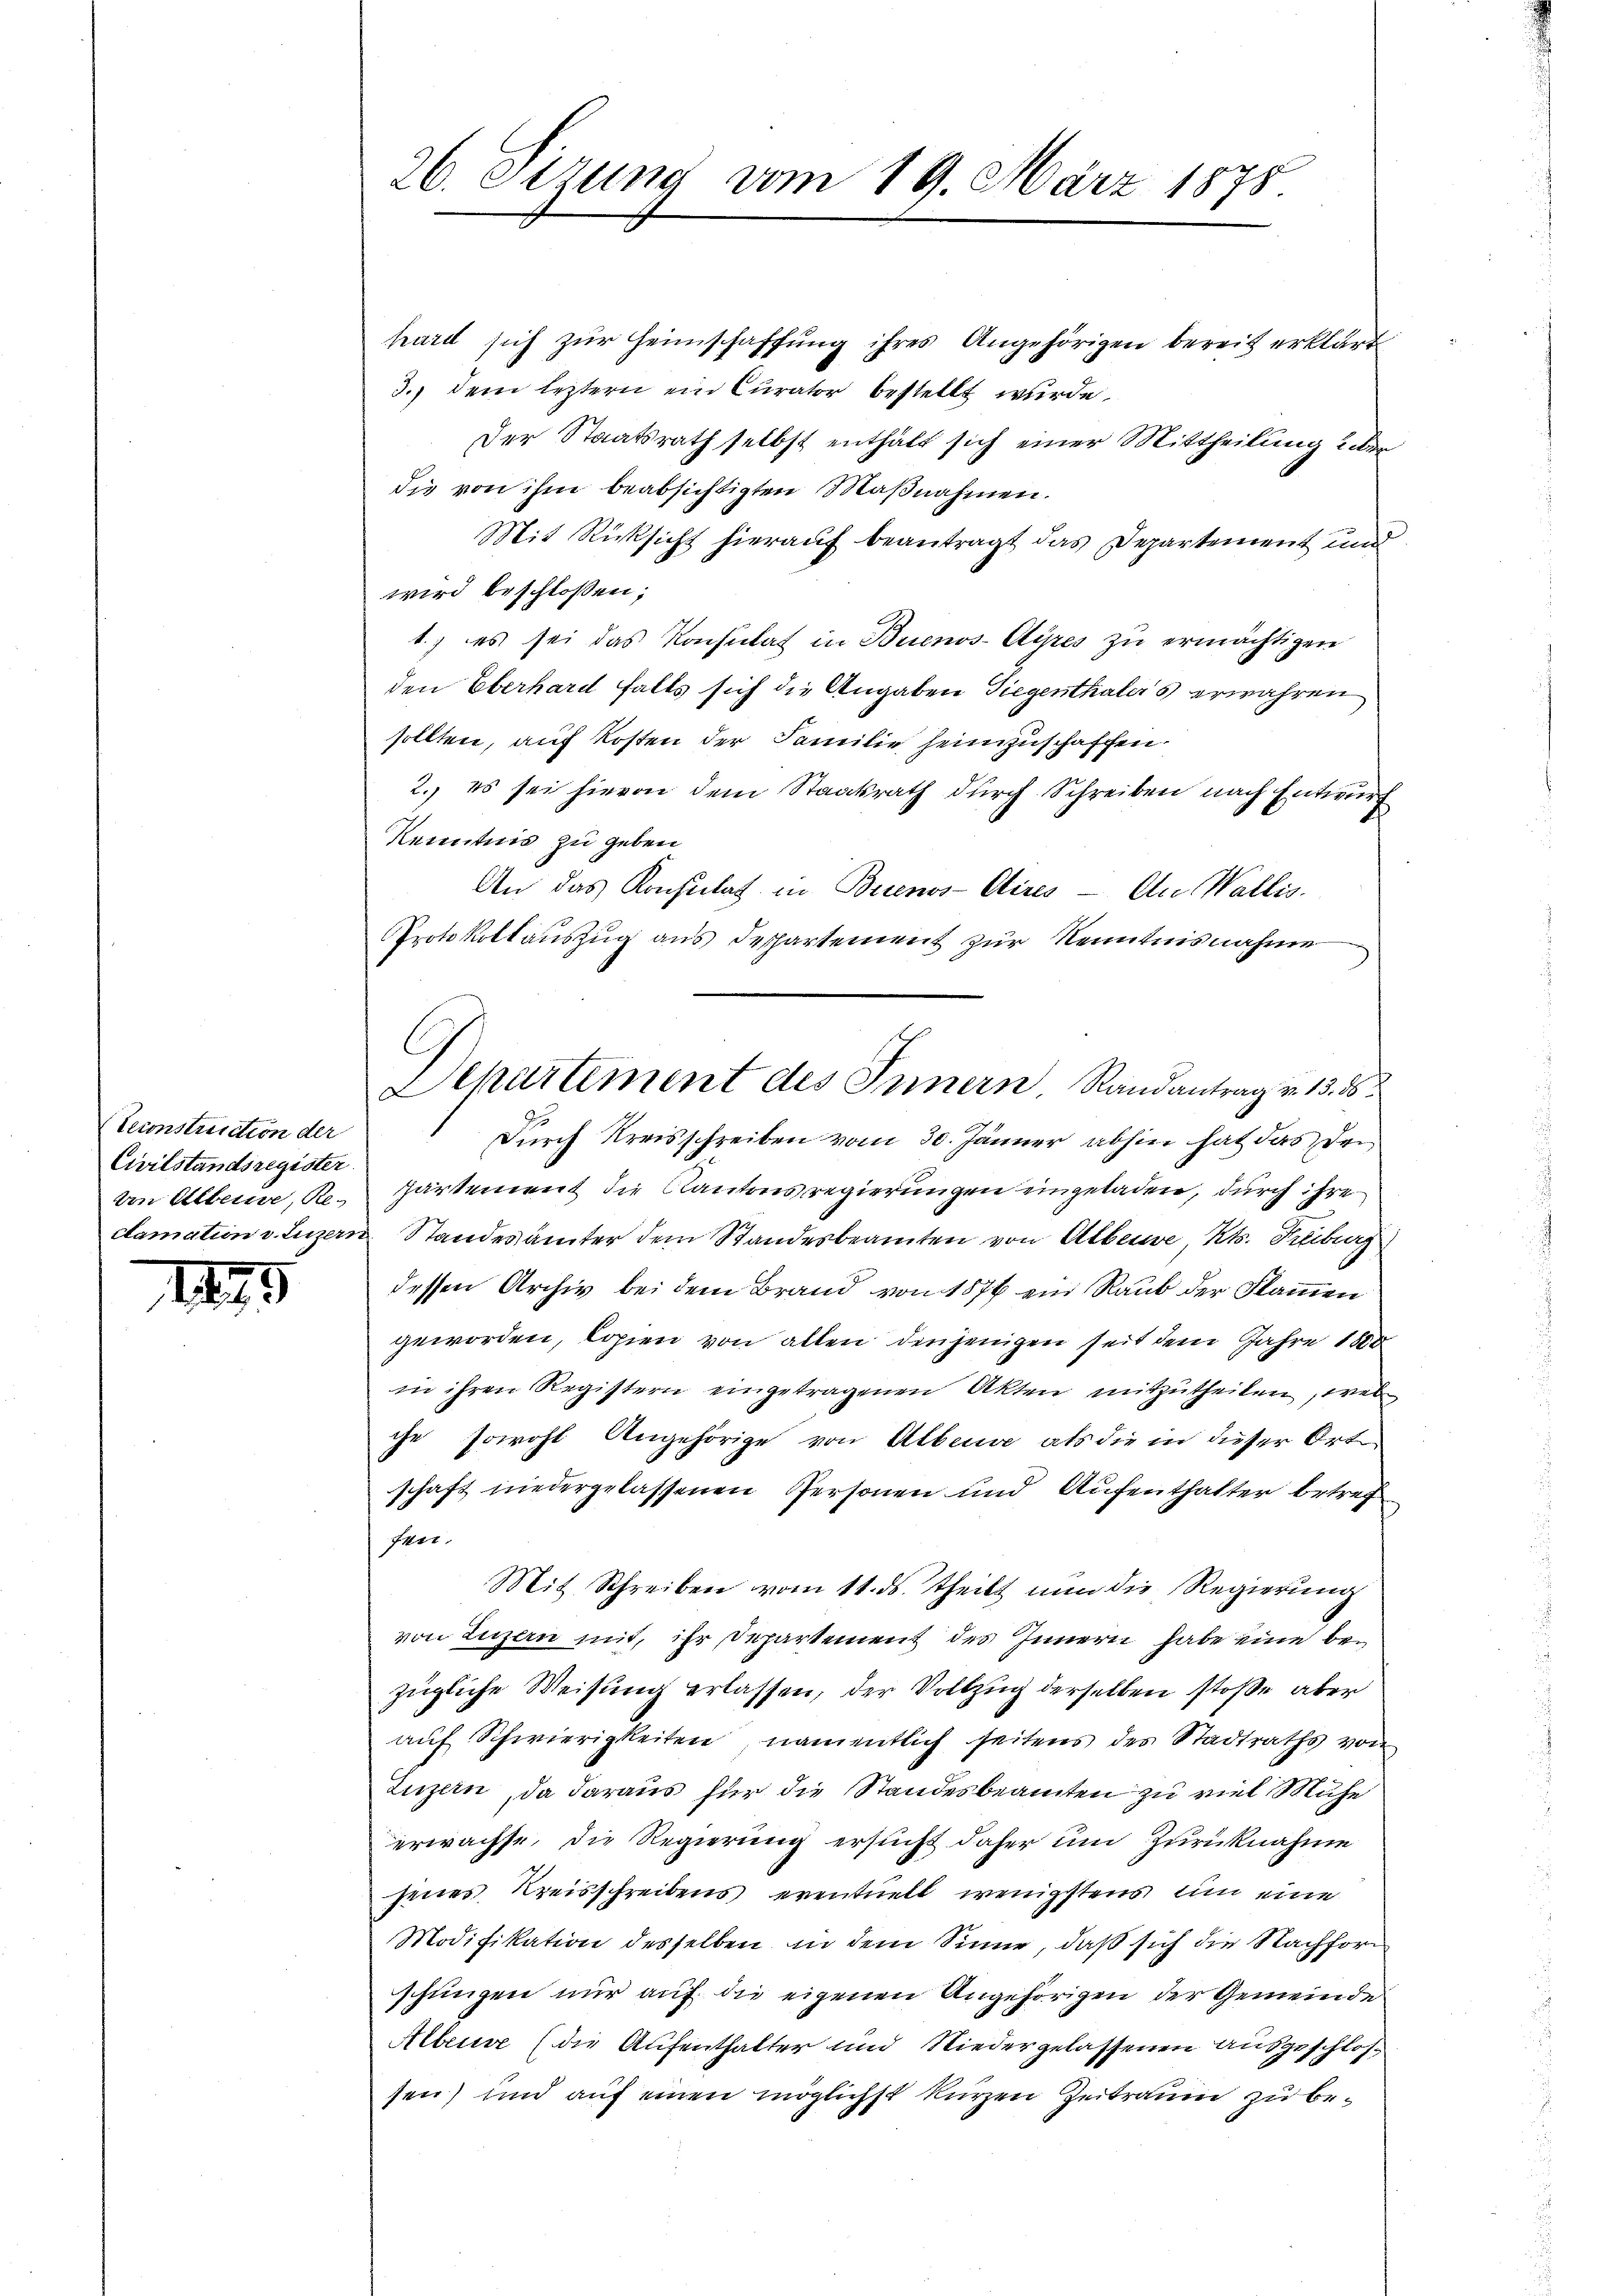
Seconstruction der
Civilstandsregister
von Alberne, Re-
clamation v. Luzern

1893

26. Sizung vom 19. März 1878

G
Departement des Innern Randantrag v. 13. 35

hard sich zur Heimschaffung ihres Angehörigen bereit erklärt
3.) dem leztern ein Curator bestellt wurde.
Der Staatsrath selbst enthält sich einer Mittheilung über
die von ihm beabsichtigten Maßnahmen.
Mit Rücksicht hierauf beantragt das Departement und
wird beschlossen;
1.) es sei das Konsulat in Buenos-Ayres zu ermächtigen
den Oberhard falls sich die Angaben Siegenthalers erwahren
sollten, auf Kosten der Familie heimzuschaffen.
2. es sei hievon dem Staatsrath durch Schreiben nach Entwurf
Kenntnis zu geben
An das Konsulat in Buenos-Aires - An Wallis.
Protokollauszug aus despartement zur Kenntnisnahme
Durch Kreisschreiben vom 30. Jänner abhin hat das den
partement die Kantonsregierungen eingeladen, durch ihre
Standesämter dem Standesbeamten von Albere, Kts. Freiburg
dessen Archiv bei dem Brand von 1876 ein Raub der Flammen
geworden, kopien von allen denjenigen seit dem Jahre 1888
in ihren Registern eingetragenen Akten mitzutheilen, wel
che, sowohl Angehörige von Alberne als die in dieser Orte
schaft niedergelassenen Personen und Aufenthalter betref
Fer
Mit Schreiben vom 11. ds. theilt nun die Regierŭng
von Luzern mit, ihr Departement des Innern habe eine bezügliche Weisung erlassen, der Vollzug derselben stoße aber
auf Schwierigkeiten, namentlich seitens des Stadtraths von
Luzern, da daraus für die Standesbeamten zu viel Mühe
erwachse, die Regierung ersucht daher um Zurücknahme
jenes Kreisschreibens eventuell wenigstens um eine
Modifikation desselben in dem Sinne, daß sich die Nachforschungen nur auf die eigenen Angehörigen der Gemeinde
Alberne (die Aufenthalter und Niedergelassenen ausgeschlossen) und auf einen möglichst kurzen Zeitraum zu be¬